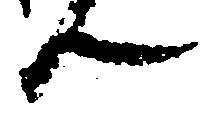
ん